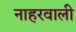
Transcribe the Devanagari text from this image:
नाहरवाली